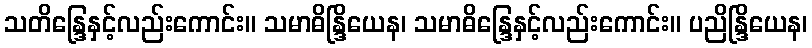
သတိန္ဒြေနှင့်လည်းကောင်း။ သမာဓိန္ဒြိယေန၊ သမာဓိန္ဒြေနှင့်လည်းကောင်း။ ပညိန္ဒြိယေန၊